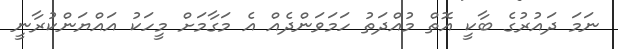
ނަމަ ދައުރުގެ ބާކީ އޮތް މުއްދަތު ހަމަވަންދެއް އެ މަގާމަށް މީހަކު އައްޔަންކުރާނީ